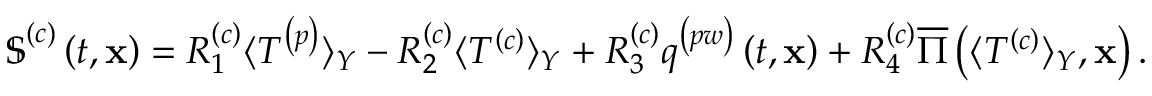
\begin{array} { r } { \boldsymbol { \mathbb { S } } ^ { \left( c \right) } \left( t , \mathbf { x } \right) = R _ { 1 } ^ { \left( c \right) } \langle T ^ { \left( p \right) } \rangle _ { Y } - R _ { 2 } ^ { \left( c \right) } \langle T ^ { \left( c \right) } \rangle _ { Y } + R _ { 3 } ^ { \left( c \right) } q ^ { \left( p w \right) } \left( t , \mathbf { x } \right) + R _ { 4 } ^ { \left( c \right) } \overline { { \Pi } } \left( \langle T ^ { \left( c \right) } \rangle _ { Y } , \mathbf { x } \right) . } \end{array}